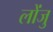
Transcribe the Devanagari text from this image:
लोंजु